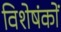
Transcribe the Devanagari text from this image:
विशेषंकों